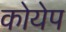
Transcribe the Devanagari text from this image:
कोयेप